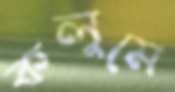
কলুমে